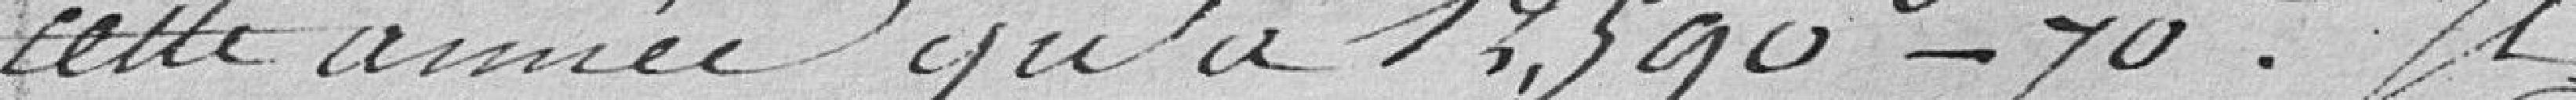
cette année qu'à 12.590 francs 70 c. Il